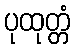
ပုထုတ္တံ